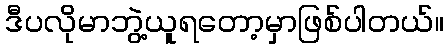
ဒီပလိုမာဘွဲ့ယူရတော့မှာဖြစ်ပါတယ်။